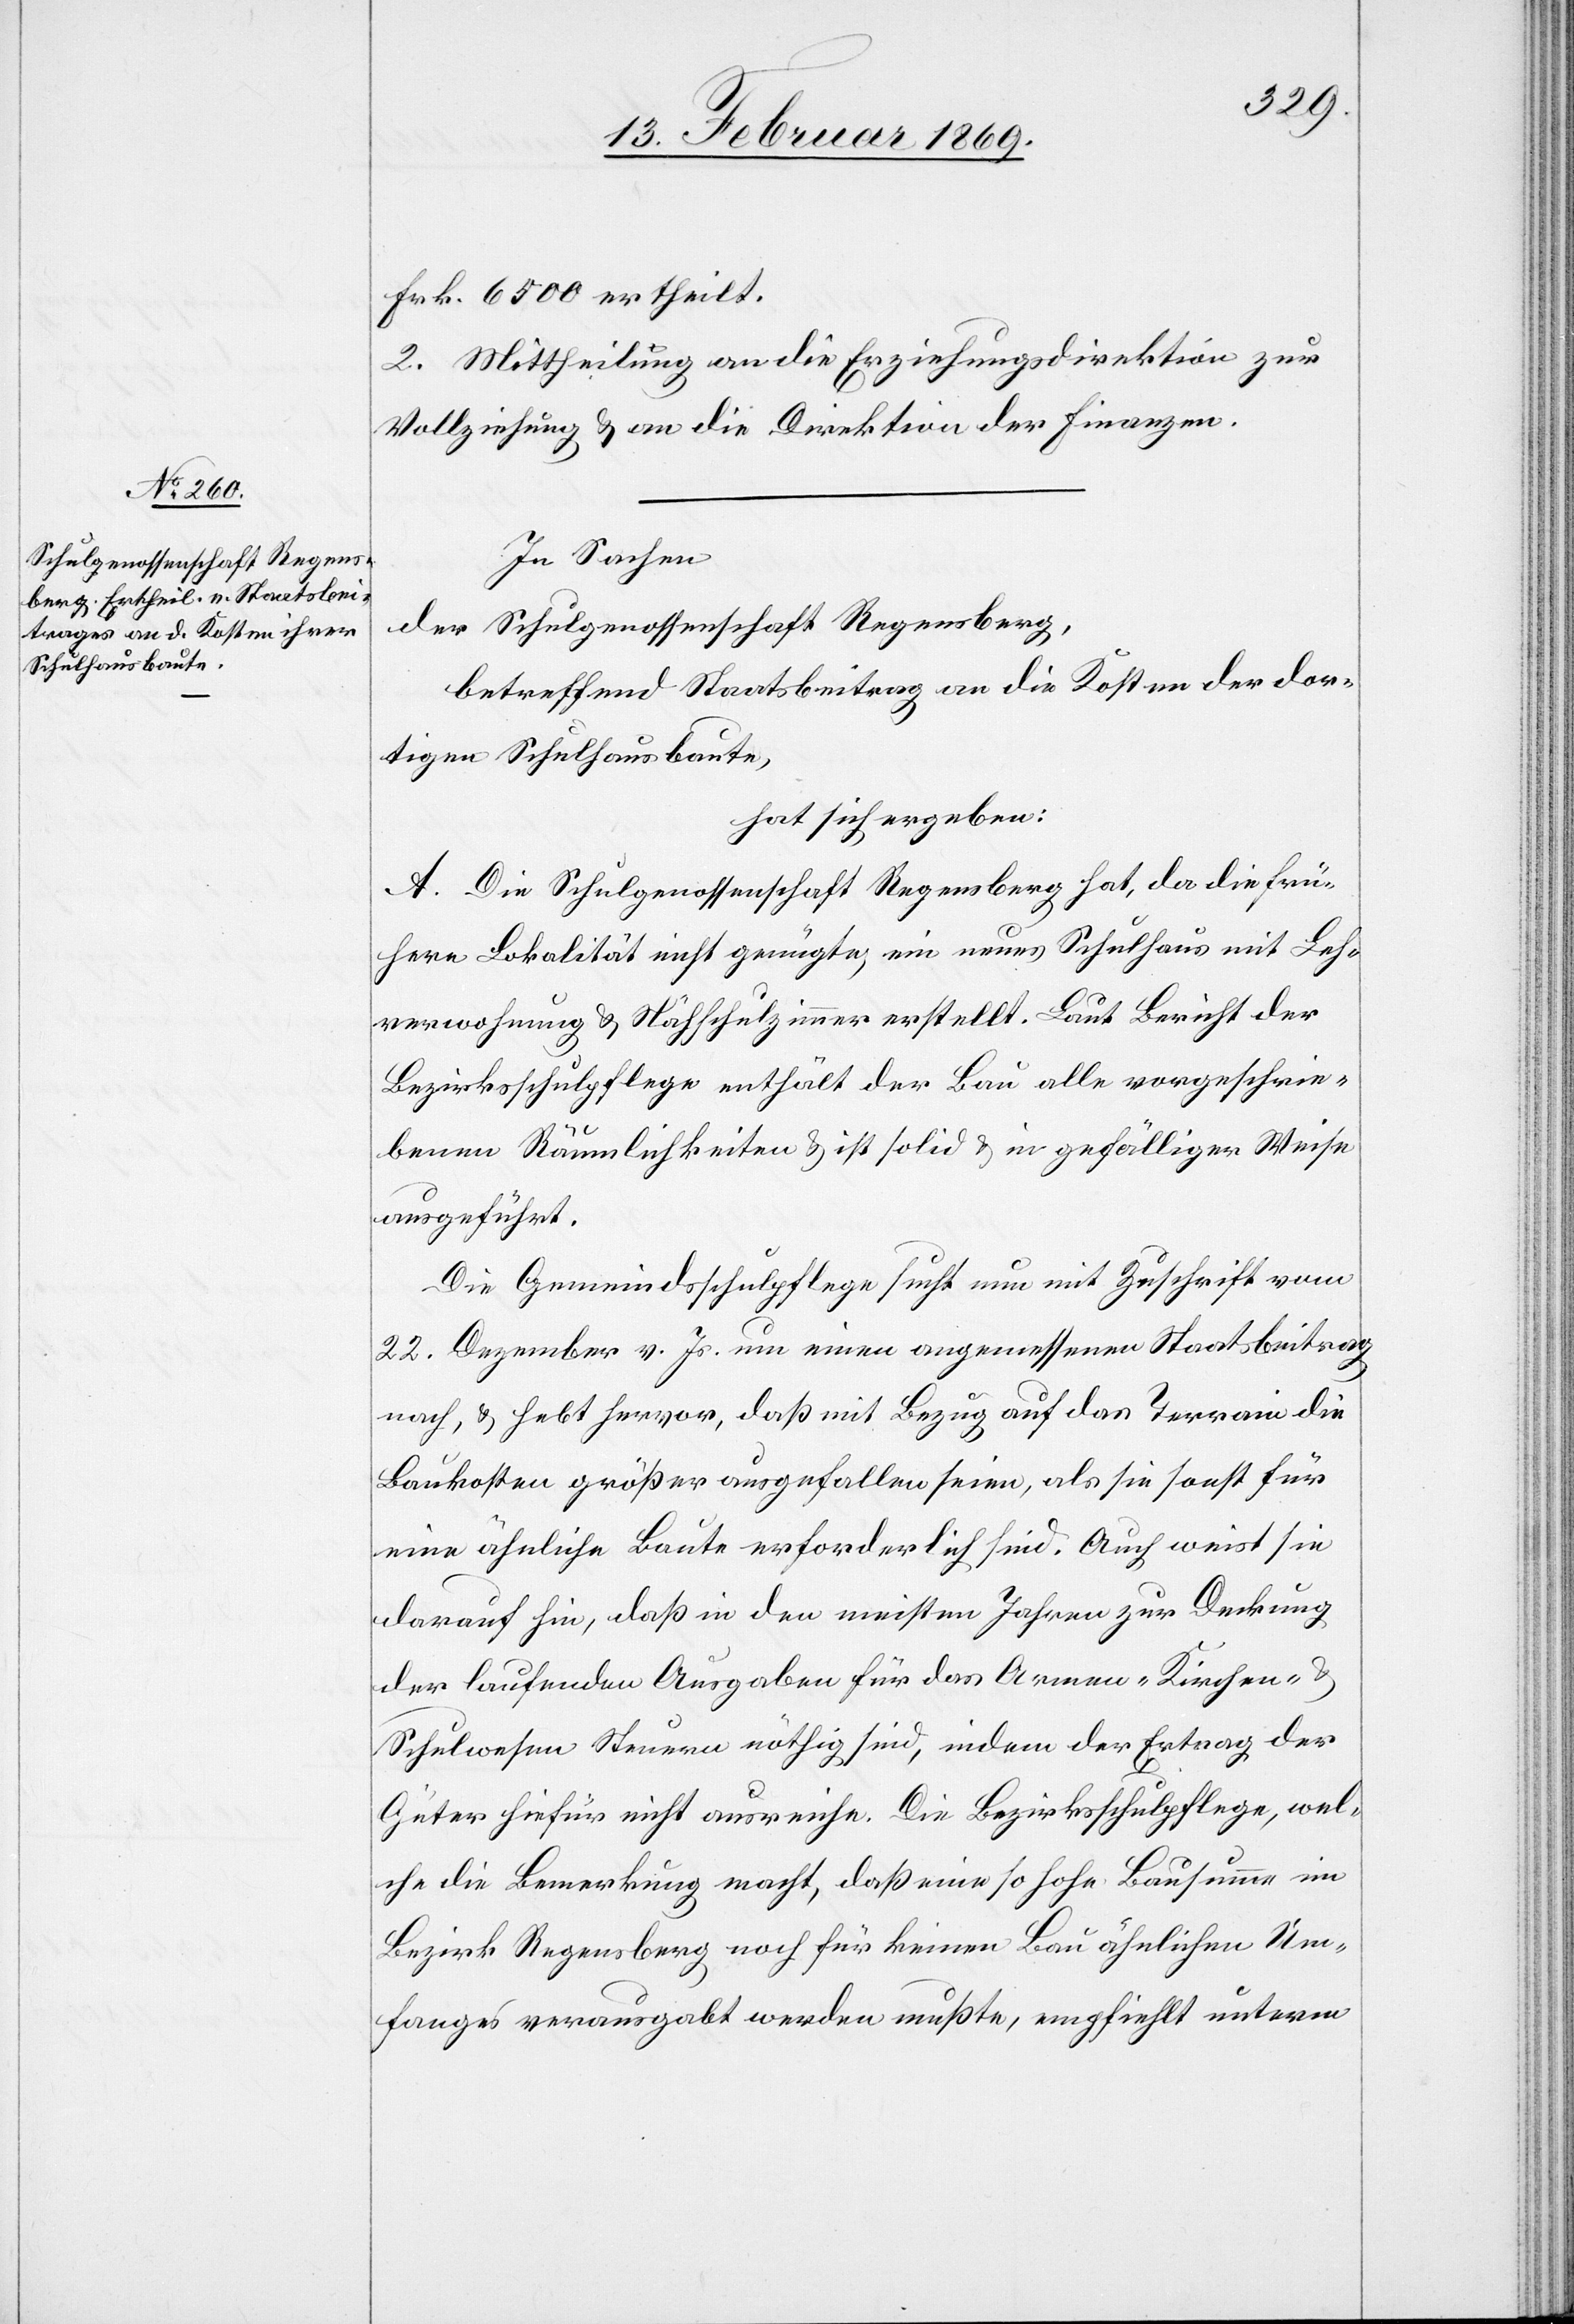
Frk. 6500 ertheilt.
2. Mittheilung an die Erziehungsdirektion zur
Vollziehung u. an die Direktion der Finanzen.
In Sachen
der Schulgenossenschaft Regensberg,
betreffend Staatsbeitrag an die Kosten der dor¬
tigen Schulhausbaute,
hat sich ergeben:
A. Die Schulgenossenschaft Regensberg hat, da die frü¬
here Lokalität nicht genügte, ein neues Schulhaus mit Leh¬
rerwohnung u. Nähschulzimmer erstellt. Laut Bericht der
Bezirksschulpflege enthält der Bau alle vorgeschrie¬
benen Räumlichkeiten u. ist solid u. in gefälliger Weise
ausgeführt.
Die Gemeindsschulpflege sucht nun mit Zuschrift vom
22. Dezember v. Js. um einen angemessenen Staatsbeitrag
nach, u. hebt hervor, daß mit Bezug auf das Terrain die
Baukosten größer ausgefallen seien, als sie sonst für
eine ähnliche Baute erforderlich sind. Auch weist sie
darauf hin, daß in den meisten Jahren zur Deckung
der laufenden Ausgaben für das Armen- Kirchen- u.
Schulwesen Steuern nöthig sind, indem der Ertrag der
Güter hiefür nicht ausreiche. Die Bezirksschulpflege, wel¬
che die Bemerkung macht, daß eine so hohe Bausumme im
Bezirk Regensberg noch für keinen Bau ähnlichen Um¬
fanges verausgabt werden mußte, empfiehlt unterm